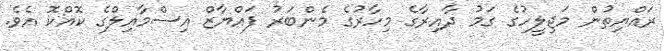
ރައްޔިތުން މަޖިލީހުގެ ގަމު ދާއިރާގެ މިހާރުގެ މެންބަރު ފައްޔާޒް އިސްމާއިލްގެ ކޮއްކޮ އެވެ.